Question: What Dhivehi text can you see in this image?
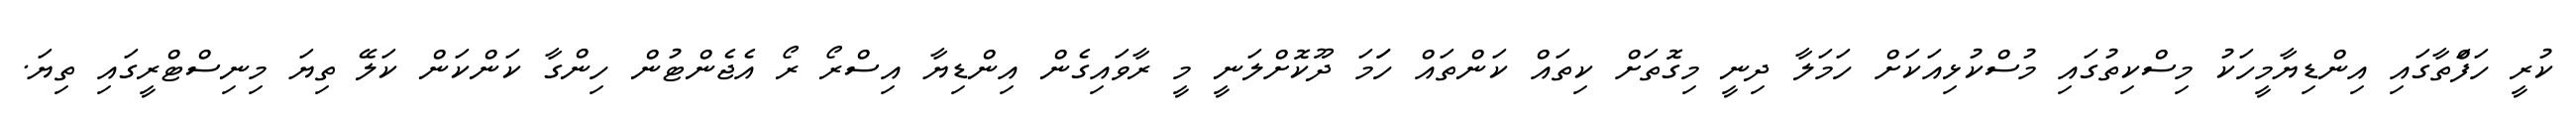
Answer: ކުރީ ހަފަްތާގައި އިންޑިޔާމީހަކު މިސްކިތުގައި މުސްކުޅިއަކަށް ހަމަލާ ދިނީ މިގޮތަށް ކިތައް ކަންތައް ހަަމަ ދޫކޮށްލަނީ މީ ރާވައިގެން އިންޑިޔާ އިސްރޯ ރޯ އެޖެންޓުން ހިންގާ ކަންކަން ކަލޭ ތިޔަ މިނިސްޓްރީގައި ތިޔަ.